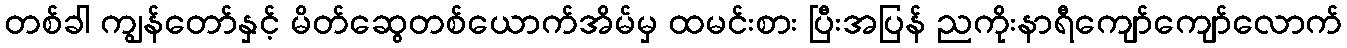
တစ်ခါ ကျွန်တော်နှင့် မိတ်ဆွေတစ်ယောက်အိမ်မှ ထမင်းစား ပြီးအပြန် ညကိုးနာရီကျော်ကျော်လောက်